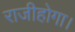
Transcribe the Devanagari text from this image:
राजीहोगा।